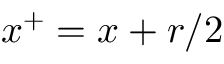
\boldsymbol { x } ^ { + } = \boldsymbol { x } + \boldsymbol { r } / 2